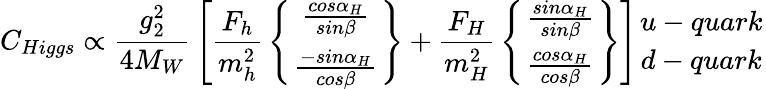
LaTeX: C_{Higgs}\propto{\frac{g_{2}^{2}}{4M_{W}}}\left[{\frac{F_{h}}{m_{h}^{2}}}\left\{ {\frac{cos\alpha_{H}}{sin\beta}}\atop{\frac{-sin\alpha_{H}}{cos\beta}}\right\} +{\frac{F_{H}}{m_{H}^{2}}}\left\{ {\frac{sin\alpha_{H}}{sin\beta}}\atop{\frac{cos\alpha_{H}}{cos\beta}}\right\} \right]{u-quark\atop d-quark}